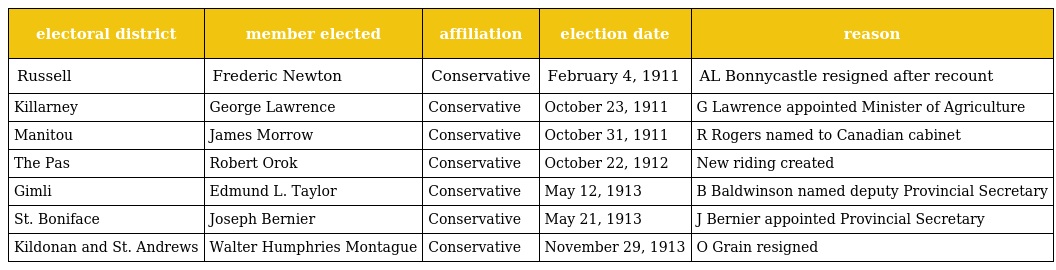
| electoral district | member elected | affiliation | election date | reason |
 | --- | --- | --- | --- | --- |
 | Russell | Frederic Newton | Conservative | February 4, 1911 | AL Bonnycastle resigned after recount |
 | Killarney | George Lawrence | Conservative | October 23, 1911 | G Lawrence appointed Minister of Agriculture |
 | Manitou | James Morrow | Conservative | October 31, 1911 | R Rogers named to Canadian cabinet |
 | The Pas | Robert Orok | Conservative | October 22, 1912 | New riding created |
 | Gimli | Edmund L. Taylor | Conservative | May 12, 1913 | B Baldwinson named deputy Provincial Secretary |
 | St. Boniface | Joseph Bernier | Conservative | May 21, 1913 | J Bernier appointed Provincial Secretary |
 | Kildonan and St. Andrews | Walter Humphries Montague | Conservative | November 29, 1913 | O Grain resigned |